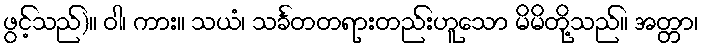
ဖွင့်သည်)။ ဝါ၊ ကား။ သယံ၊ သင်္ခတတရားတည်းဟူသော မိမိတို့သည်။ အတ္တာ၊